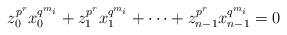
LaTeX: \begin{align*}z_0^{p^r}x_0^{q^{m_i}}+z_1^{p^r}x_1^{q^{m_i}}+\cdots+z_{n-1}^{p^r}x_{n-1}^{q^{m_i}}=0\end{align*}